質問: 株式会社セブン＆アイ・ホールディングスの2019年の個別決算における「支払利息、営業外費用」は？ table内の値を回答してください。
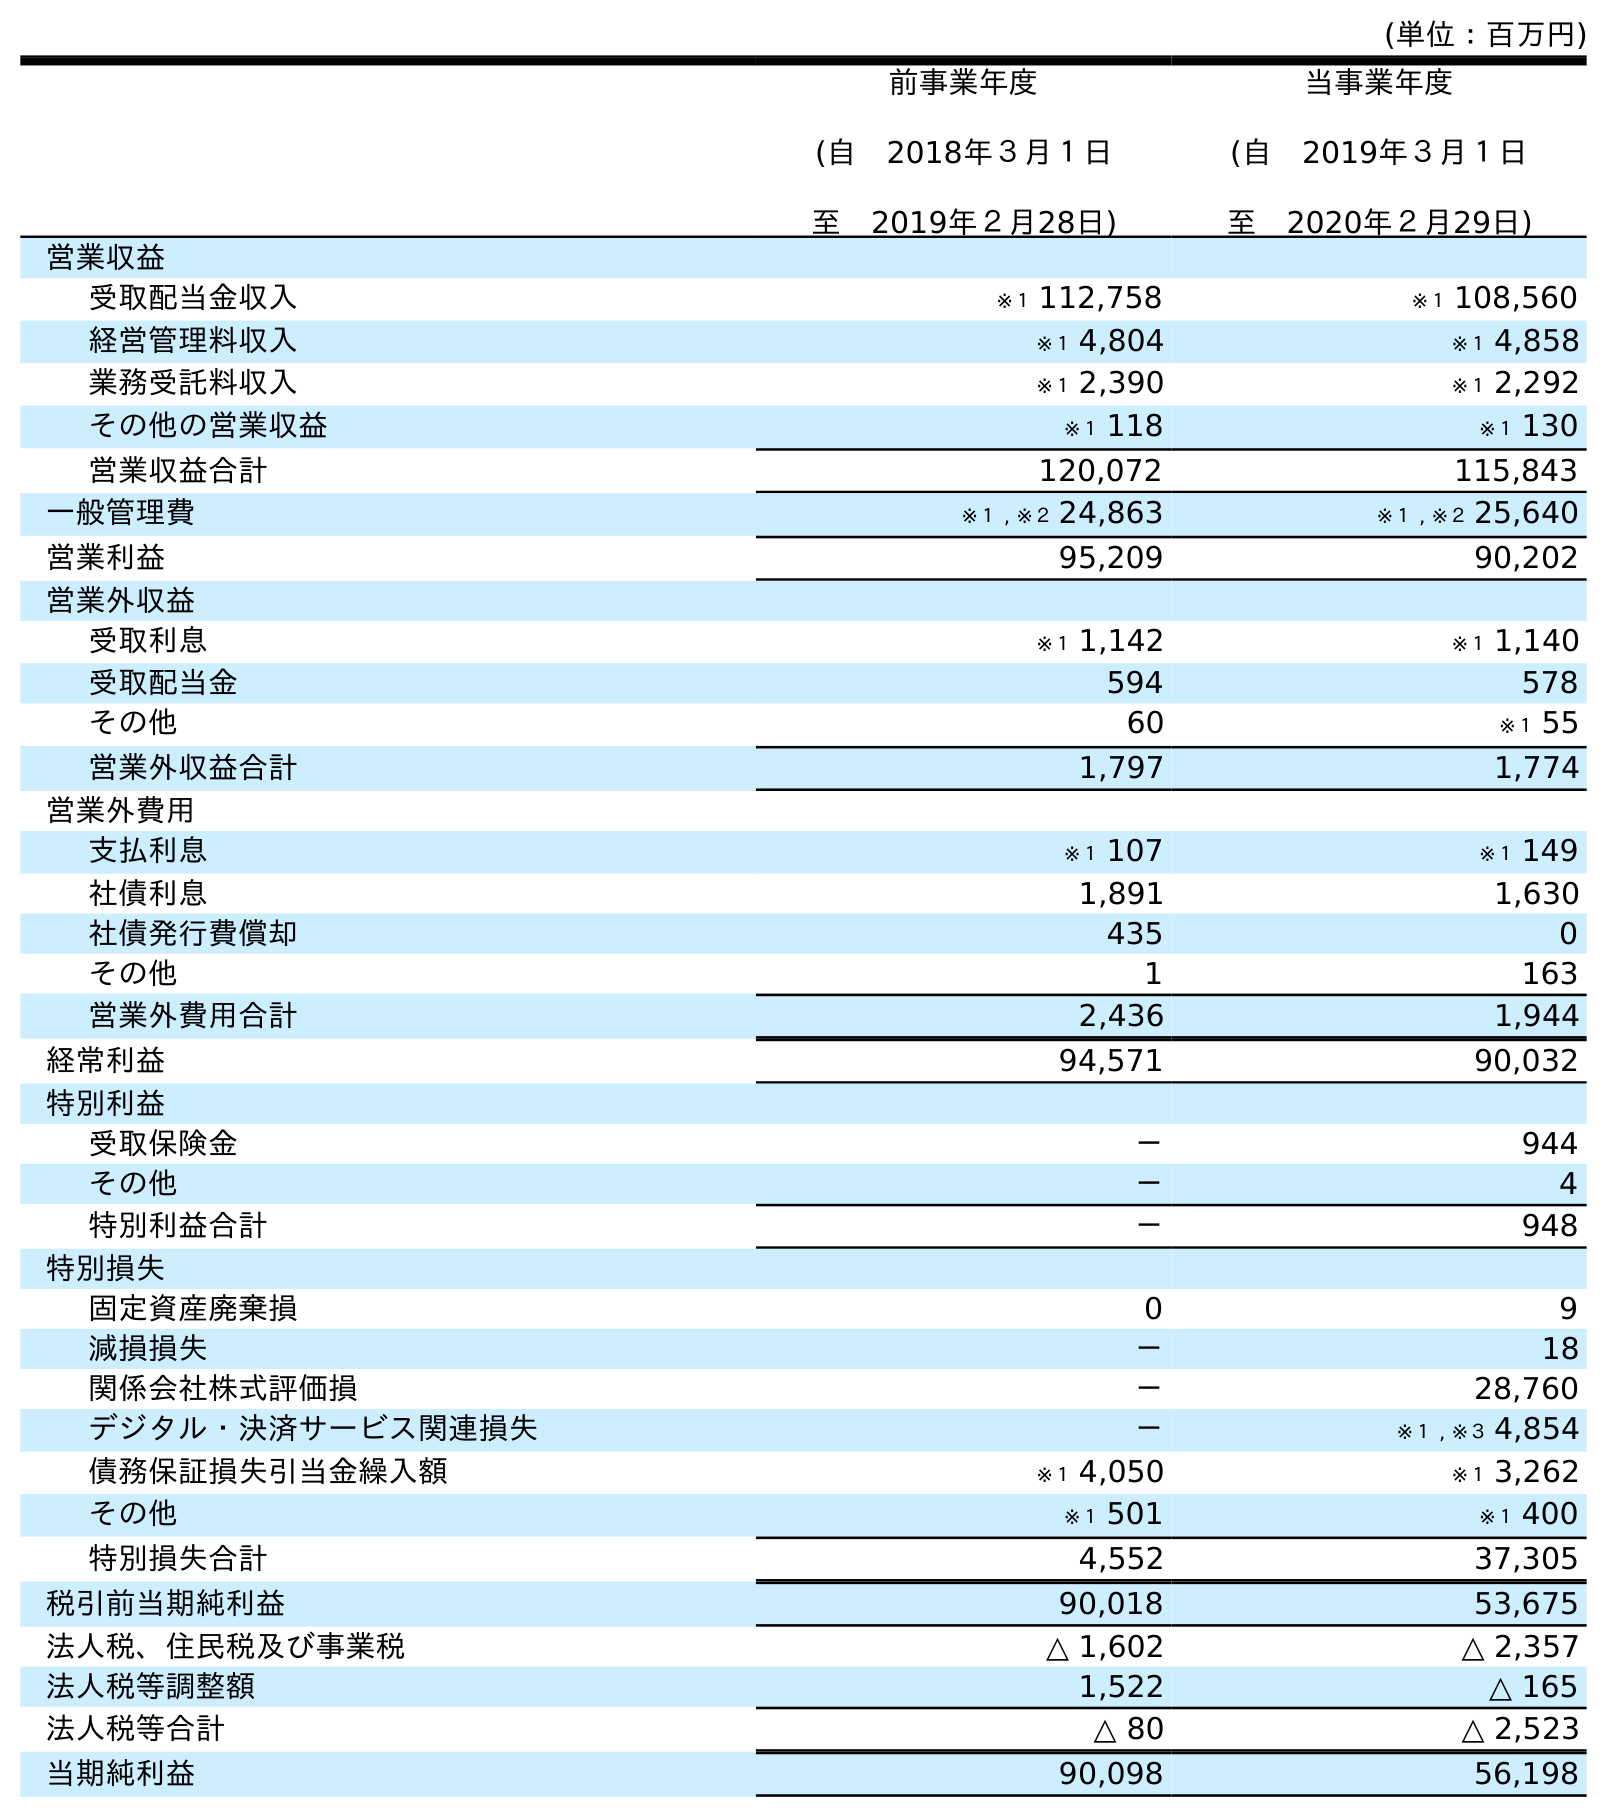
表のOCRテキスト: (単位：百万円) 前事業年度 (自 2018年３月１日 至 2019年２月28日) 当事業年度 (自 2019年３月１日 至 2020年２月29日) 営業収益 受取配当金収入 ※１ 112,758 ※１ 108,560 経営管理料収入 ※１ 4,804 ※１ 4,858 業務受託料収入 ※１ 2,390 ※１ 2,292 その他の営業収益 ※１ 118 ※１ 130 営業収益合計 120,072 115,843 一般管理費 ※１ , ※２ 24,863 ※１ , ※２ 25,640 営業利益 95,209 90,202 営業外収益 受取利息 ※１ 1,142 ※１ 1,140 受取配当金 594 578 その他 60 ※１ 55 営業外収益合計 1,797 1,774 営業外費用 支払利息 ※１ 107 ※１ 149 社債利息 1,891 1,630 社債発行費償却 435 0 その他 1 163 営業外費用合計 2,436 1,944 経常利益 94,571 90,032 特別利益 受取保険金 － 944 その他 － 4 特別利益合計 － 948 特別損失 固定資産廃棄損 0 9 減損損失 － 18 関係会社株式評価損 － 28,760 デジタル・決済サービス関連損失 － ※１ , ※３ 4,854 債務保証損失引当金繰入額 ※１ 4,050 ※１ 3,262 その他 ※１ 501 ※１ 400 特別損失合計 4,552 37,305 税引前当期純利益 90,018 53,675 法人税、住民税及び事業税 △ 1,602 △ 2,357 法人税等調整額 1,522 △ 165 法人税等合計 △ 80 △ 2,523 当期純利益 90,098 56,198
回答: ※１107